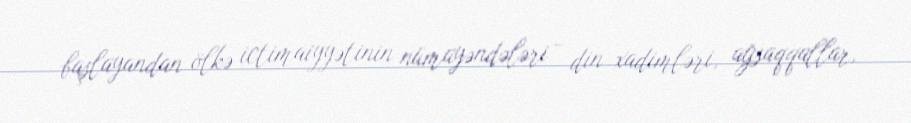
başlayandan ölkə ictimaiyyətinin nümayəndələri - din xadimləri, ağsaqqallar,